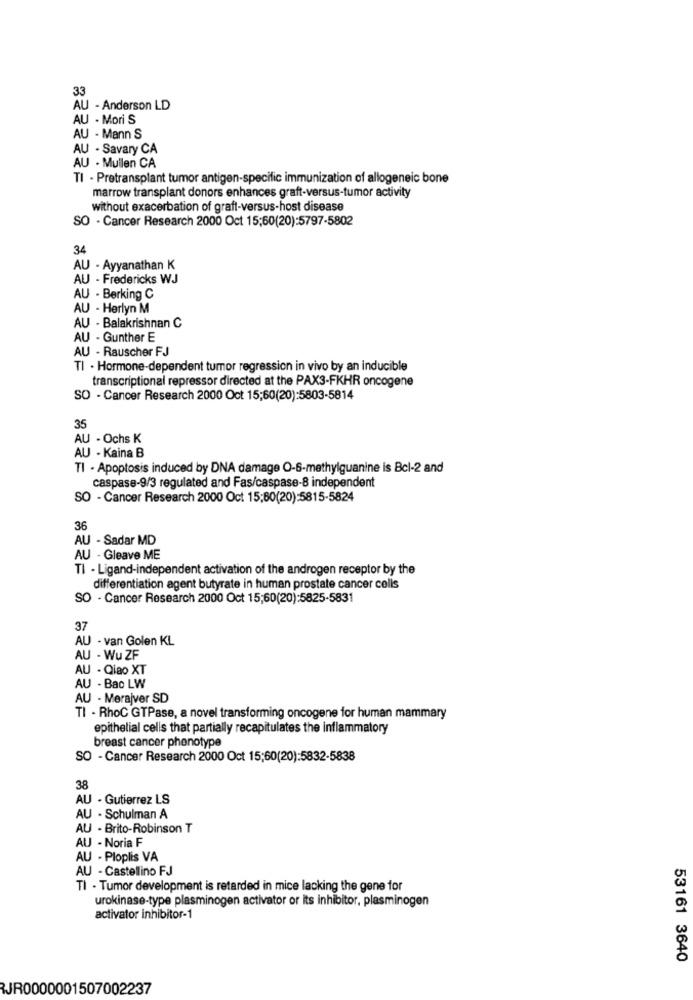
33
AU - Anderson LD
AU - Mori S
AU - Mann S
AU - Savary CA
AU - Mullen CA
TI - Pretransplant tumor antigen-specific immunization of allogeneic bone
marrow transplant donors enhances graft-versus-tumor activity
without exacerbation of graft-versus-host disease
SO - Cancer Research 2000 Oct 15;60(20):5797-5802
34
AU - Ayyanathan K
AU - Fredericks WJ
AU - Berking C
AU - Herlyn M
AU - Balakrishnan C
AU - Gunther E
AU - Rauscher FJ
TI . Hormone-dependent tumor regression in vivo by an inducible
transcriptional repressor directed at the PAX3-FKHR oncogene
SO - Cancer Research 2000 Oct 15;60(20):5803-5814
35
AU - Ochs K
AU - Kaina B
TI - Apoptosis induced by DNA damage O-6-methylguanine is Bcl-2 and
caspase-9/3 regulated and Fas/caspase-8 independent
SO - Cancer Research 2000 Oct 15:60(20):5815-5824
36
AU - Sadar MD
AU - Gleave ME
TI - Ligand-independent activation of the androgen receptor by the
differentiation agent butyrate in human prostate cancer cells
SO - Cancer Research 2000 Oct 15;60(20):5825-5831
37
AU - van Golen KL
AU - Wu ZF
AU - Qiao XT
AU - Bac LW
AU - Merajver SD
TI - RhoC GTPase, a novel transforming oncogene for human mammary
epithelial cells that partially recapitulates the inflammatory
breast cancer phenotype
SO - Cancer Research 2000 Oct 15;60(20):5832-5838
38
AU - Gutierrez LS
AU - Schulman A
AU - Brito-Robinson T
AU - Noria F
AU - Ploplis VA
AU - Castellino FJ
TI - Tumor development is retarded in mice lacking the gene for
urokinase-type plasminogen activator or its inhibitor, plasminogen
activator inhibitor-1
53161 3640
JR0000001507002237